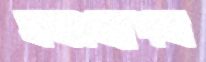
যথঃখ্যাপন